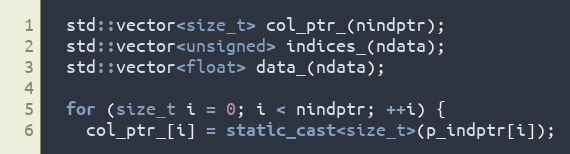
Language: C++
  std::vector<size_t> col_ptr_(nindptr);
  std::vector<unsigned> indices_(ndata);
  std::vector<float> data_(ndata);

  for (size_t i = 0; i < nindptr; ++i) {
    col_ptr_[i] = static_cast<size_t>(p_indptr[i]);